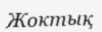
Жоктық